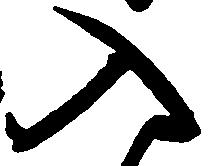
入